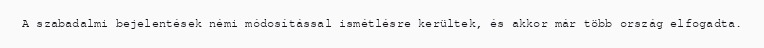
A szabadalmi bejelentések némi módosítással ismétlésre kerültek, és akkor már több ország elfogadta.